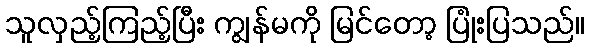
သူလှည့်ကြည့်ပြီး ကျွန်မကို မြင်တော့ ပြုံးပြသည်။